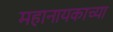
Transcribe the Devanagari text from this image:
महानायकाच्या